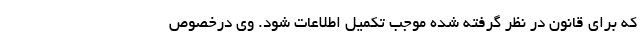
که برای قانون در نظر گرفته شده موجب تکمیل اطلاعات شود. وی درخصوص